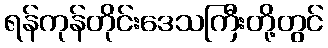
ရန်ကုန်တိုင်းဒေသကြီးတို့တွင်